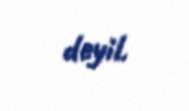
deyil.